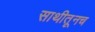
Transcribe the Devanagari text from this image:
साथीतूनच